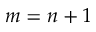
m = n + 1